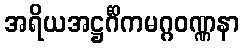
အရိယအဋ္ဌင်္ဂိကမဂ္ဂဝဏ္ဏနာ